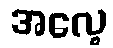
အလေ့